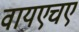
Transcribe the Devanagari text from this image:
वायएचए